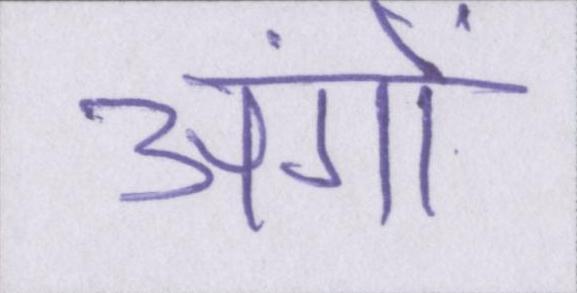
अंगों